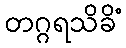
တဂ္ဂရသိခိံ